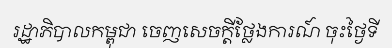
រដ្ឋាភិបាលកម្ពុជា ចេញសេចក្តីថ្លែងការណ៍ ចុះថ្ងៃទី